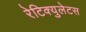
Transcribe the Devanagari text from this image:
रेटिक्युलेटस